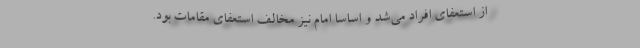
از استعفای افراد می‌شد و اساساً امام نیز مخالف استعفای مقامات بود.